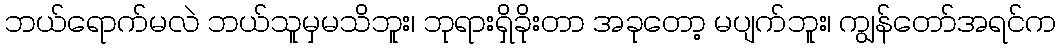
ဘယ်ရောက်မလဲ ဘယ်သူမှမသိဘူး၊ ဘုရားရှိခိုးတာ အခုတော့ မပျက်ဘူး၊ ကျွန်တော်အရင်က